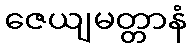
ဇေယျမတ္တာနံ